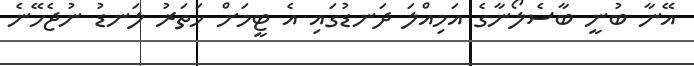
އޭނާ ބުނީ ބާސެލޯނާގެ އަމިއްލަ ދަނޑުގައި އެ ޓީމަށް ހަތަރު ލަނޑު ނުޖެހޭނެ